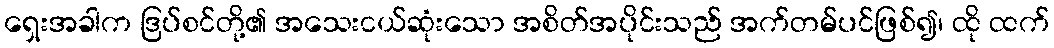
ရှေးအခါက ဒြပ်စင်တို့၏ အသေးငယ်ဆုံးသော အစိတ်အပိုင်းသည် အက်တမ်ပင်ဖြစ်၍၊ ထို ထက်